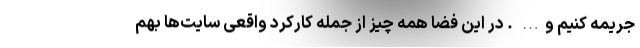
جریمه کنیم و… . در این فضا همه چیز از جمله کارکرد واقعی سایت‌ها بهم